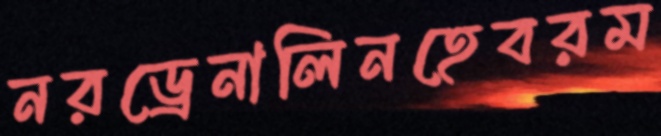
নরড্রেনালিনহেবরম